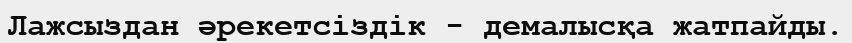
Лажсыздан әрекетсіздік - демалысқа жатпайды.